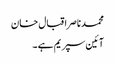
محمدناصراقبال خان
آئین سپریم ہے ۔